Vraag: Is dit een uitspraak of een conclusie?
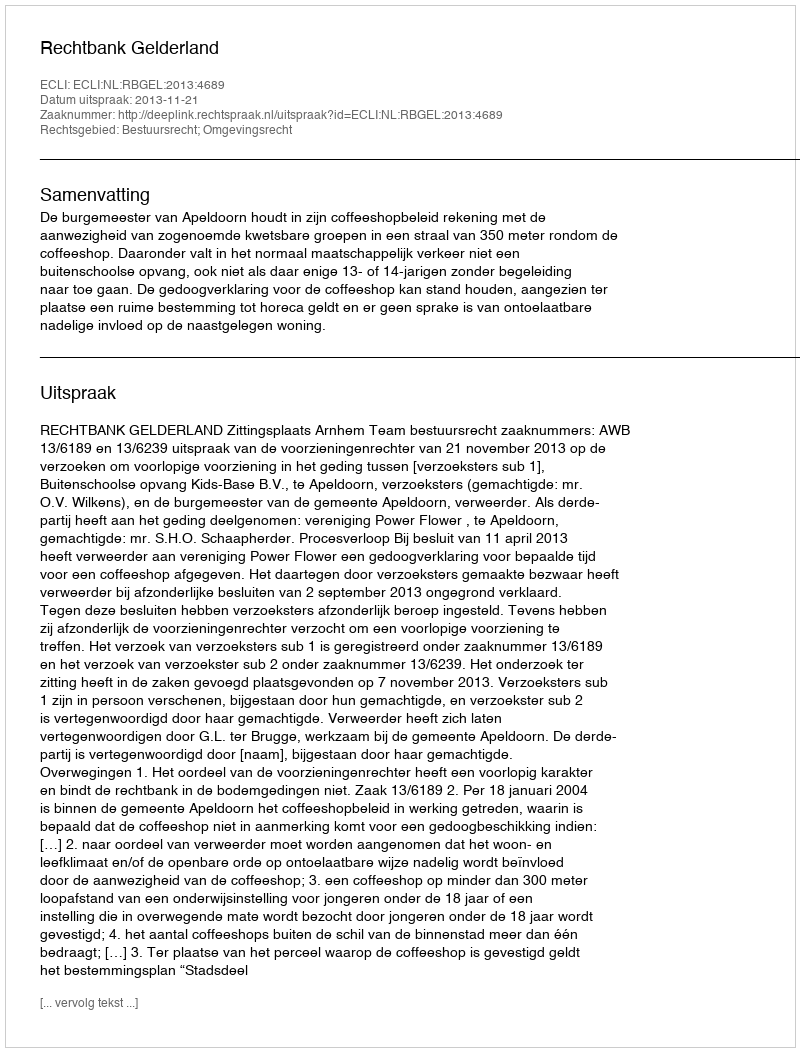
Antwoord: Uitspraak